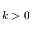
k > 0